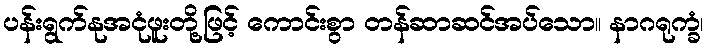
ပန်းရွက်နုအငုံဖူးတို့ဖြင့် ကောင်းစွာ တန်ဆာဆင်အပ်သော။ နာဂရုက္ခံ၊